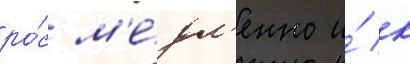
ро́с м'е́дл'енно и́ к